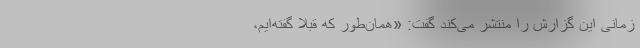
زمانی این گزارش را منتشر می‌کند گفت: «همان‌طور که قبلاً گفته‌ایم،